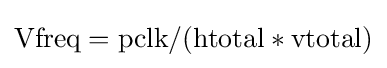
\mathrm {Vfreq=pclk/(htotal*vtotal)}